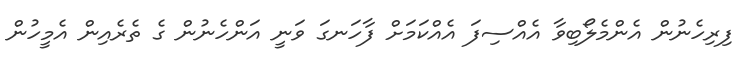
ފިރިހެނުން އެންމެލޯބިވާ އެއްސިފަ އެއްކަމަށް ފާހަނގަ ވަނީ އަންހެނުން ގެ ތެރެއިން އެމީހުން